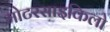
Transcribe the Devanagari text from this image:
मोटरसाइकिलो